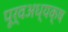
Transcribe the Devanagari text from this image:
पूर्वअध्यक्ष